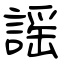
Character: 謡